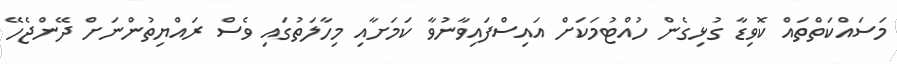
މަސައްކަތްތައް ކޮވިޑާ ގުޅިގެން ހުއްޓުމަކަށް އައިސްފައިވާނުވާ ކަމަށާއި މިހާލަތުގައި ވެސް ރައްޔިތުންނަށް ދޭންޖެހޭ